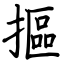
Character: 摳